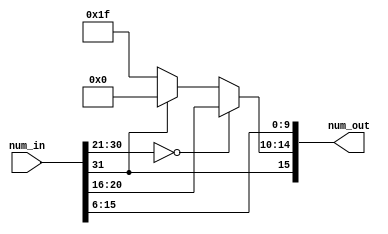
/*
    Quantizer based on idea https://www.frontiersin.org/articles/10.3389/fnins.2015.00222/full
*/

module Quantizer(
    input [31:0] num_in,//32bit fixed point (1b S, 15b I, 16b F)
    output [15:0] num_out//16bit fixed point (1b S, 5b I, 10b F)
);

    wire sign;
    wire [4:0] newI;
    wire [9:0] newF;

    assign sign = num_in[31];
    assign newI = (num_in[30:21] == 10'd0)?num_in[20:16]:(sign)?5'b00_000:5'b11_111;//set to max value if overflow
    assign newF = num_in[15:6];//truncate low precision

    assign num_out = {sign, newI, newF};

endmodule